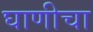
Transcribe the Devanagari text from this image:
घाणीचा